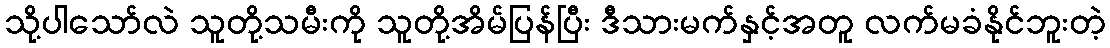
သို့ပါသော်လဲ သူတို့သမီးကို သူတို့အိမ်ပြန်ပြီး ဒီသားမက်နှင့်အတူ လက်မခံနိုင်ဘူးတဲ့